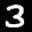
Label: 3